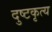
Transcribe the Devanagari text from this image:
दुष्टकृत्य